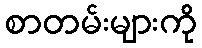
စာတမ်းများကို